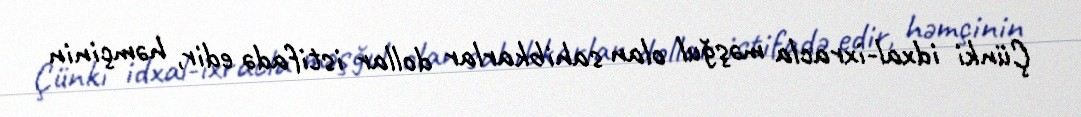
Çünki idxal-ixracla məşğul olan sahibkarlar dollar istifadə edir, həmçinin